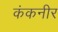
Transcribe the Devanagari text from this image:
कंकनीर